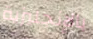
بالإنجليزية